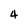
Character: 4